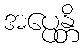
အပ္ပေန္တိ